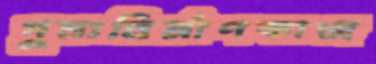
পুনঃনির্মাণকাজ